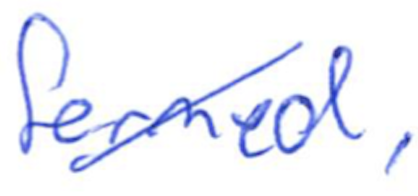
Text: formed,
Cross-out: diagonal
Writing tool: ballpoint